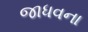
જાધવના